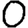
Digit: 0